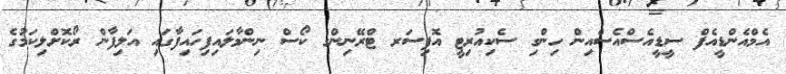
އެމްއެންޑީއެފް ސީޑީއެސްއެސްއިން ހިންގި ސެކިއުރިޓީ އޮފިސަރ ޓްރޭނިންގ ކޯސް ނިންމާލައިފިހައިފާގައި އަލިފާން ރޯކޮށްލިކަމުގެ